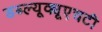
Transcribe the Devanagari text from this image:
डब्ल्यूक्यूएचटी